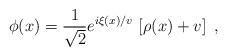
LaTeX: \begin{align*}\phi(x)=\frac{1}{\sqrt{2}}e^{i\xi(x)/v}\,\left[\rho(x)+v\right]\ ,\end{align*}